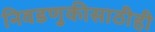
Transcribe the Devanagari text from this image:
निवडणुकीसाठीही